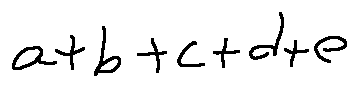
a + b + c + d + e